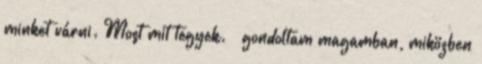
minket várni. Most mit tegyek. – gondoltam magamban, miközben